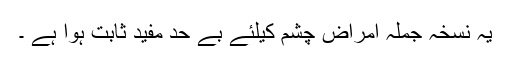
یہ نسخہ جملہ امراض چشم کیلئے بے حد مفید ثابت ہوا ہے ۔